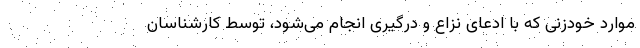
موارد خودزنی که با ادعای نزاع و درگیری انجام می‌شود، توسط کارشناسان